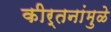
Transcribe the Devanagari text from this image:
कीर्तनांमुळे